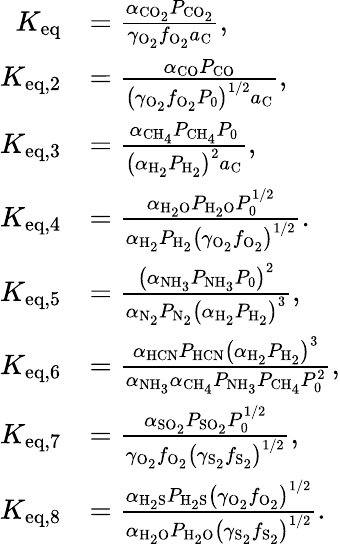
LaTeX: \begin{array}{rl}{K_{\mathrm{eq}}}&{=\frac{\alpha_{\mathrm{CO_{2}}}P_{\mathrm{CO_{2}}}}{\gamma_{\mathrm{O_{2}}}f_{\mathrm{O_{2}}}a_{\mathrm{C}}},}\\ {K_{\mathrm{eq,2}}}&{=\frac{\alpha_{\mathrm{CO}}P_{\mathrm{CO}}}{\left(\gamma_{\mathrm{O_{2}}}f_{\mathrm{O_{2}}}P_{0}\right)^{1/2}a_{\mathrm{C}}},}\\ {K_{\mathrm{eq,3}}}&{=\frac{\alpha_{\mathrm{CH_{4}}}P_{\mathrm{CH_{4}}}P_{0}}{\left(\alpha_{\mathrm{H_{2}}}P_{\mathrm{H_{2}}}\right)^{2}a_{\mathrm{C}}},}\\ {K_{\mathrm{eq,4}}}&{=\frac{\alpha_{\mathrm{H_{2}O}}P_{\mathrm{H_{2}O}}P_{0}^{1/2}}{\alpha_{\mathrm{H_{2}}}P_{\mathrm{H_{2}}}\left(\gamma_{\mathrm{O_{2}}}f_{\mathrm{O_{2}}}\right)^{1/2}}.}\\ {K_{\mathrm{eq,5}}}&{=\frac{\left(\alpha_{\mathrm{NH_{3}}}P_{\mathrm{NH_{3}}}P_{0}\right)^{2}}{\alpha_{\mathrm{N_{2}}}P_{\mathrm{N_{2}}}\left(\alpha_{\mathrm{H_{2}}}P_{\mathrm{H_{2}}}\right)^{3}},}\\ {K_{\mathrm{eq,6}}}&{=\frac{\alpha_{\mathrm{HCN}}P_{\mathrm{HCN}}\left(\alpha_{\mathrm{H_{2}}}P_{\mathrm{H_{2}}}\right)^{3}}{\alpha_{\mathrm{NH_{3}}}\alpha_{\mathrm{CH_{4}}}P_{\mathrm{NH_{3}}}P_{\mathrm{CH_{4}}}P_{0}^{2}},}\\ {K_{\mathrm{eq,7}}}&{=\frac{\alpha_{\mathrm{SO_{2}}}P_{\mathrm{SO_{2}}}P_{0}^{1/2}}{\gamma_{\mathrm{O_{2}}}f_{\mathrm{O_{2}}}\left(\gamma_{\mathrm{S_{2}}}f_{\mathrm{S_{2}}}\right)^{1/2}},}\\ {K_{\mathrm{eq,8}}}&{=\frac{\alpha_{\mathrm{H_{2}S}}P_{\mathrm{H_{2}S}}\left(\gamma_{\mathrm{O_{2}}}f_{\mathrm{O_{2}}}\right)^{1/2}}{\alpha_{\mathrm{H_{2}O}}P_{\mathrm{H_{2}O}}\left(\gamma_{\mathrm{S_{2}}}f_{\mathrm{S_{2}}}\right)^{1/2}}.}\end{array}